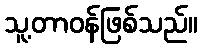
သူ့တာဝန်ဖြစ်သည်။